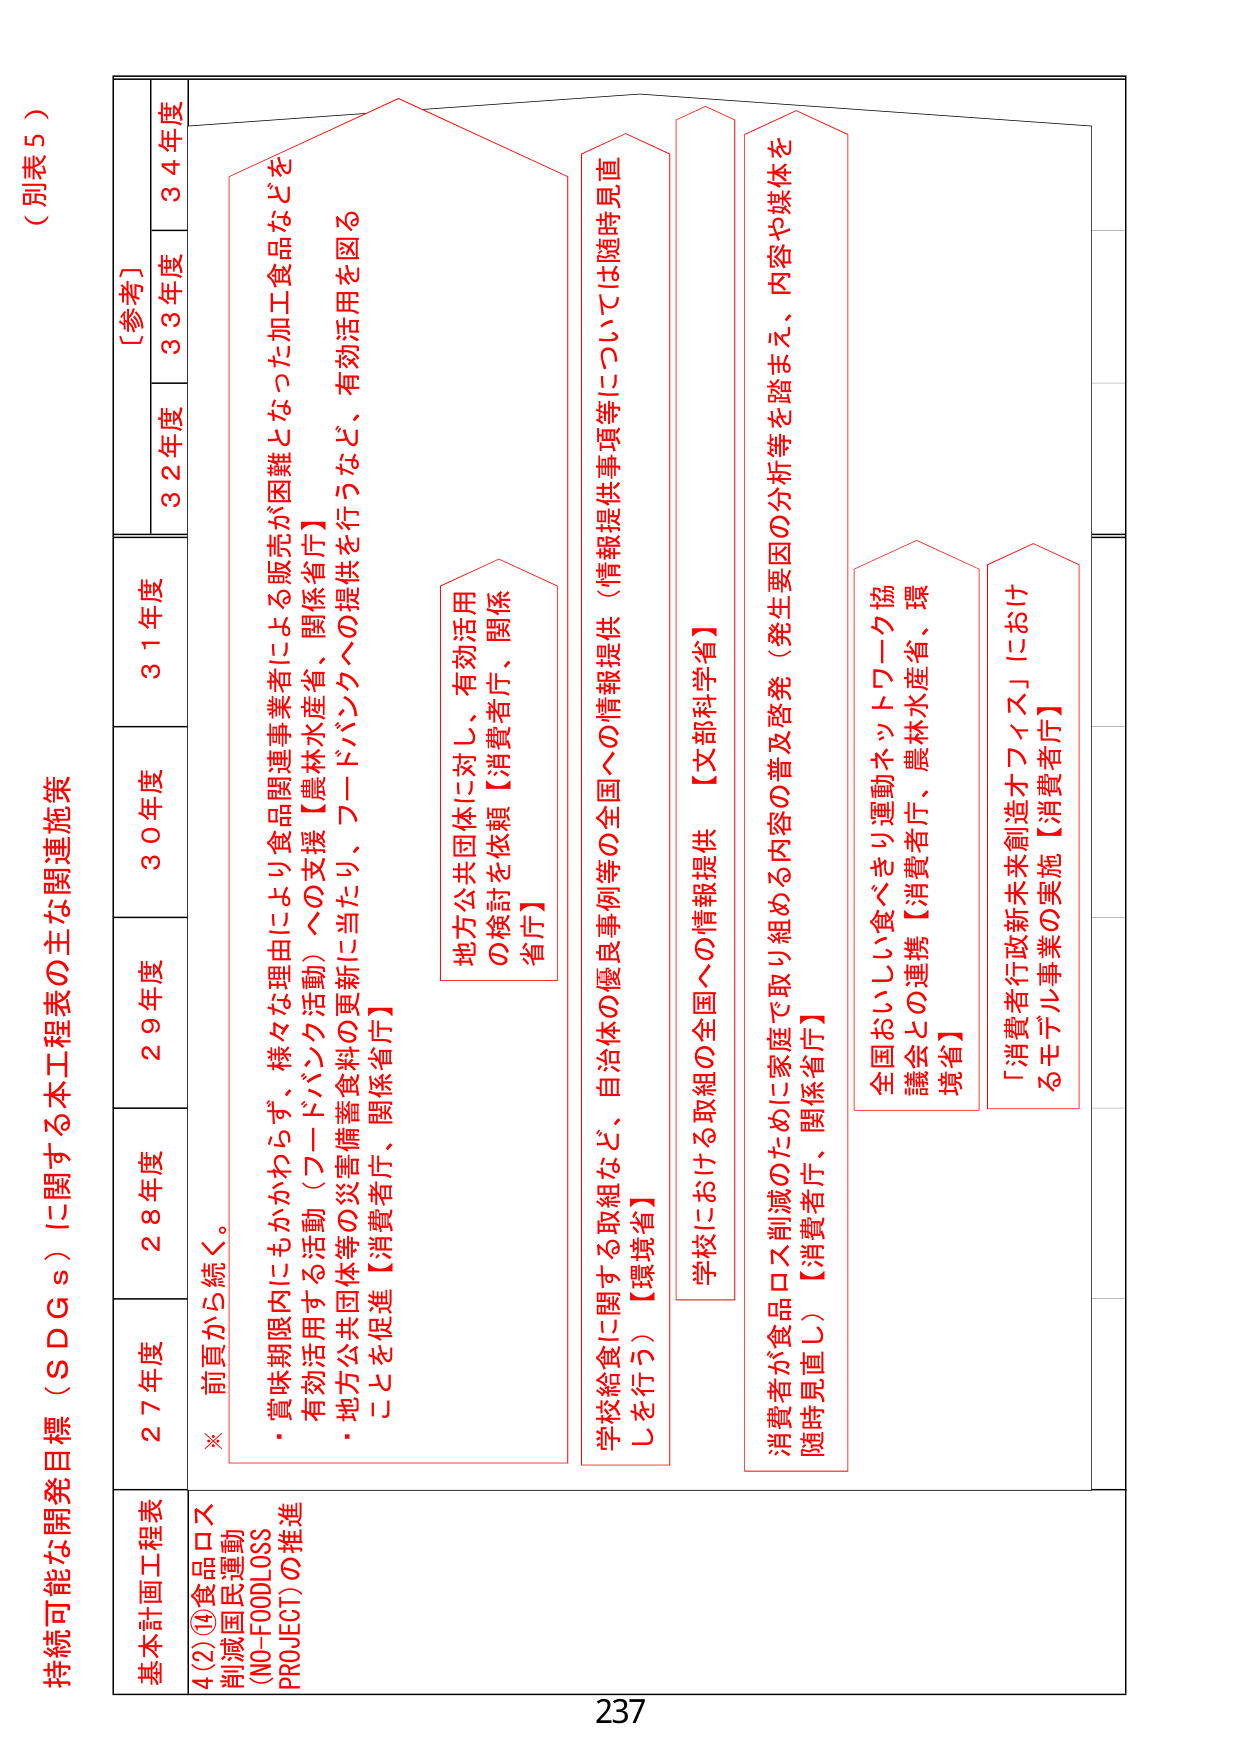
（別表５）

持続可能な開発目標（ＳＤＧｓ）に関する本工程表の主な関連施策

基本計画工程表
4(2)④食品ロス
削減国民運動
（NO-FOODLOSS
PROJECT）の推進

※ 前頁から続く。

27年度
28年度
29年度
30年度
31年度
32年度
33年度
34年度
［参考］

・賞味期限内にもかかわらず、様々な理由により食品関連事業者による販売が困難となった加工食品などを
有効活用する活動（フードバンク活動）への支援【農林水産省、関係省庁】
・地方公共団体等の災害備蓄食料の更新に当たり、フードバンクへの提供を行うなど、有効活用を図る
ことを促進【消費者庁、関係省庁】

地方公共団体に対し、有効活用
の検討を依頼【消費者庁、関係
省庁】

学校給食に関する取組など、自治体の優良事例等の全国への情報提供（情報提供事項等については随時見直
しを行う）【環境省】

学校における取組の全国への情報提供 【文部科学省】

消費者が食品ロス削減のために家庭で取り組める内容の普及啓発（発生要因の分析等を踏まえ、内容や媒体を
随時見直し）【消費者庁】

全国おいしい食べきり運動ネットワーク協
議会との連携【消費者庁、農林水産省、環
境省】

「消費者行政新未来創造オフィス」におけ
るモデル事業の実施【消費者庁】

237